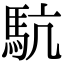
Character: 䭺